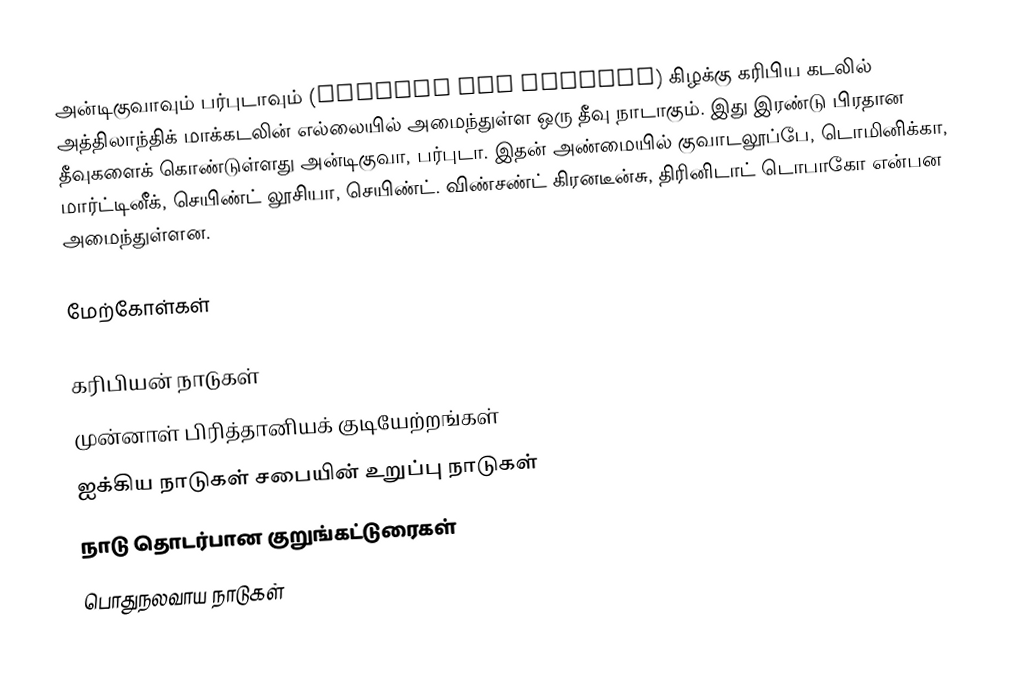
அன்டிகுவாவும் பர்புடாவும் (Antigua and Barbuda) கிழக்கு கரிபிய கடலில்  அத்திலாந்திக் மாக்கடலின் எல்லையில் அமைந்துள்ள ஒரு தீவு நாடாகும். இது இரண்டு பிரதான தீவுகளைக் கொண்டுள்ளது அன்டிகுவா, பர்புடா. இதன் அண்மையில் குவாடலூப்பே, டொமினிக்கா, மார்ட்டினீக், செயிண்ட் லூசியா, செயிண்ட். விண்சண்ட் கிரனடீன்சு, திரினிடாட் டொபாகோ என்பன அமைந்துள்ளன.

மேற்கோள்கள்

கரிபியன் நாடுகள்
முன்னாள் பிரித்தானியக் குடியேற்றங்கள்
ஐக்கிய நாடுகள் சபையின் உறுப்பு நாடுகள்
நாடு தொடர்பான குறுங்கட்டுரைகள்
பொதுநலவாய நாடுகள்